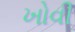
ખોવી